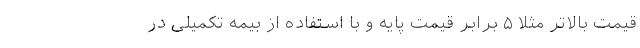
قیمت بالاتر مثلاً ۵ برابر قیمت پایه و با استفاده از بیمه تکمیلی در